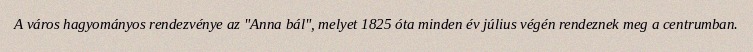
A város hagyományos rendezvénye az "Anna bál", melyet 1825 óta minden év július végén rendeznek meg a centrumban.